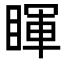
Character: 睴